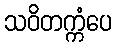
သဝိတက္ကံပေ